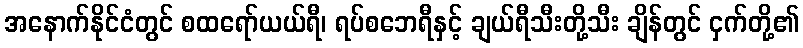
အနောက်နိုင်ငံတွင် စထရော်ယယ်ရီ၊ ရပ်စဘေရီနှင့် ချယ်ရီသီးတို့သီး ချိန်တွင် ငှက်တို့၏